Report on sanitation, dispensaries, and jails in Rajputana for 1918, and on vaccination for the year 1918-1919 - 1918-1919
Year: 1918
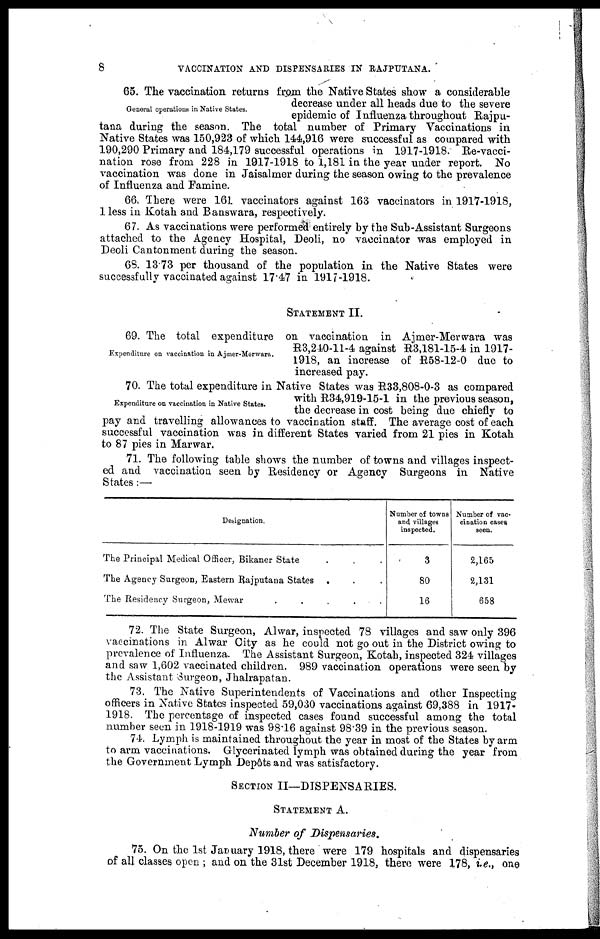
8
VACCINATION AND DISPENSARIES IN RAJPUTANA.
General operations in Native States.
65. The vaccination returns from the Native States show a considerable
decrease under all heads due to the severe
epidemic of Influenza throughout Rajpu¬
tana during the season. The total number of Primary Vaccinations in
Native States was 150,923 of which 144,916 were successful as compared with
190,290 Primary and 184,179 successful operations in 1917-1918. Re-vacci-
nation rose from 228 in 1917-1918 to 1,181 in the year under report. No
vaccination was done in Jaisalmer during the season owing to the prevalence
of Influenza and Famine.
66. There were 161. vaccinators against 163 vaccinators in 1917-1918,
1 less in Kotah and Banswara, respectively.
67. As vaccinations were performed entirely by the Sub-Assistant Surgeons
attached to the Agency Hospital, Deoli, no vaccinator was employed in
Deoli Cantonment during the season.
68. 13.73 per thousand of the population in the Native States were
successfully vaccinated against 17.47 in 1917-1918.
STATEMENT II.
Expenditure on vaccination in Ajmer-Merwara.
69. The total expenditure on vaccination in Ajmer-Merwara was
R3,240-11-4 against R3,181-15-4 in 1917-
1918, an increase of R58-12-0 due to
increased pay.
Expenditure on vaccination in Native States.
70. The total expenditure in Native States was R33,808-0-3 as compared
with R34,919-15-1 in the previous season,
the decrease in cost being due chiefly to
pay and travelling allowances to vaccination staff. The average cost of each
successful vaccination was in different States varied from 21 pies in Kotah
to 87 pies in Marwar.
71. The following table shows the number of towns and villages inspect-
ed and vaccination seen by Residency or Agency Surgeons in Native
States :—
Designation.
The Principal Medical Officer, Bikaner State ...
The Agency Surgeon, Eastern Rajputana States ...
The Residency Surgeon, Mewar
Number of towns
and villages
inspected.
3
80
16
Number of vac-
cination cases
seen.
2,165
2,131
658
72. The State Surgeon, Alwar, inspected 78 villages and saw only 396
vaccinations in Alwar City as he could not go out in the District owing to
prevalence of Influenza. The Assistant Surgeon, Kotah, inspected 324 villages
and saw 1,602 vaccinated children. 989 vaccination operations were seen by
the Assistant Surgeon, Jhalrapatan.
73. The Native Superintendents of Vaccinations and other Inspecting
officers in Native States inspected 59,030 vaccinations against 69,388 in 1917
1918. The percentage of inspected cases found successful among the total
number seen in 1918-1919 was 98.16 against 98.39 in the previous season.
74. Lymph is maintained throughout the year in most of the States by arm
to arm vaccinations. Glycerinated lymph was obtained during the year from
the Government Lymph Depôts and was satisfactory.
SECTION II—DISPENSARIES.
STATEMENT A.
Number of Dispensaries.
75. On the 1st January 1918, there were 179 hospitals and dispensaries
of all classes open ; and on the 31st December 1918, there were 178, i.e., one